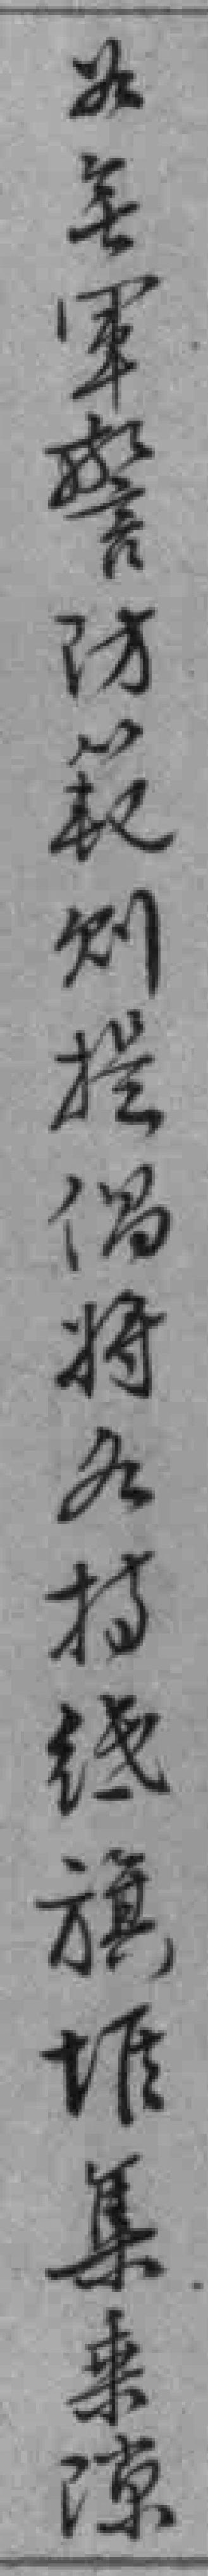
如無军警防範則提倡將各*线旗堆集乗隙